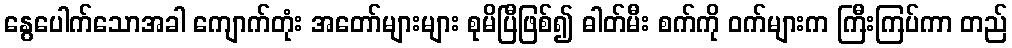
နွေပေါက်သောအခါ ကျောက်တုံး အတော်များများ စုမိပြီဖြစ်၍ ဓါတ်မီး စက်ကို ဝက်များက ကြီးကြပ်ကာ တည်